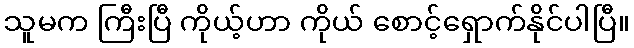
သူမက ကြီးပြီ ကိုယ့်ဟာ ကိုယ် စောင့်ရှောက်နိုင်ပါပြီ။